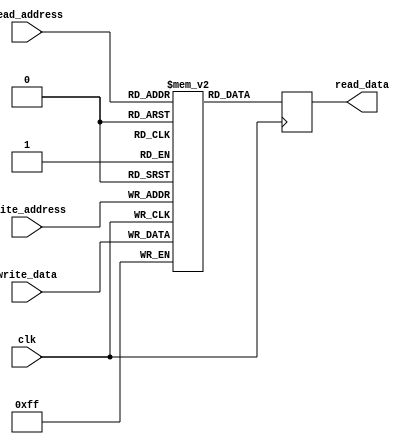
module register_file (
  input wire clk,
  input wire [7:0] read_address,
  input wire [7:0] write_address,
  input wire [7:0] write_data,
  output reg [7:0] read_data
);

reg [7:0] registers [0:255]; // 256 registers

always @ (posedge clk) begin
  read_data <= registers[read_address];
end

always @ (posedge clk) begin
  registers[write_address] <= write_data;
end

endmodule